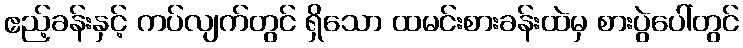
ဧည့်ခန်းနှင့် ကပ်လျက်တွင် ရှိသော ထမင်းစားခန်းထဲမှ စားပွဲပေါ်တွင်